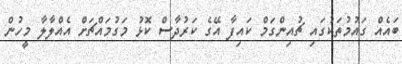
ބައެއް ގައުމުތަކުގައި ޗުއިންގަމް ކައިފާ އޭގެ ކަރުދާސް ކޮޅު މަގުމައްޗަށް އެއްލާލާ މީހުން